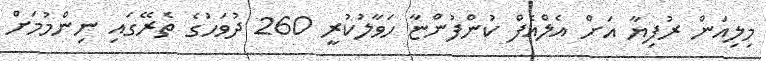
މިލިއަން ރުފިޔާ އަށް އެލްއެފް ކުންފުންޏާ ހަވާލުކުރީ 260 ދުވަހުގެ ތެރޭގައި ނިންމުމަށް